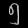
Digit: ၅